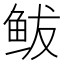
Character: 鲅